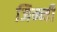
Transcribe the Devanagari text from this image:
जिन्नी